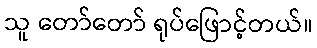
သူ တော်တော် ရုပ်ဖြောင့်တယ်။